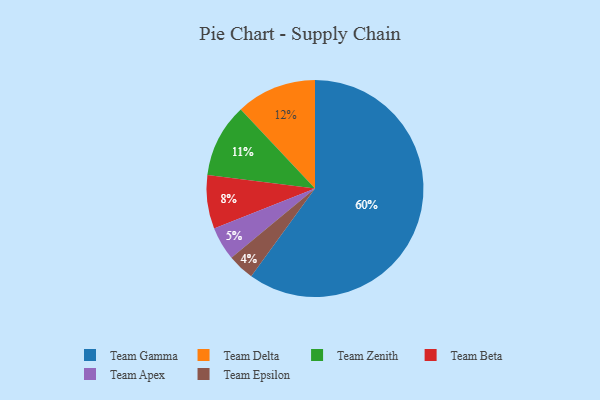
{"axis": {"x": "Category", "y": "Percentage"}, "legend": ["Team Apex", "Team Beta", "Team Delta", "Team Epsilon", "Team Gamma", "Team Zenith"], "data": [{"x": "Team Epsilon", "y": 4, "type": "Team Epsilon"}, {"x": "Team Gamma", "y": 60, "type": "Team Gamma"}, {"x": "Team Beta", "y": 8, "type": "Team Beta"}, {"x": "Team Zenith", "y": 11, "type": "Team Zenith"}, {"x": "Team Delta", "y": 12, "type": "Team Delta"}, {"x": "Team Apex", "y": 5, "type": "Team Apex"}]}